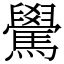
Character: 䮸